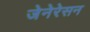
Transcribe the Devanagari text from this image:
जेनेरेसन